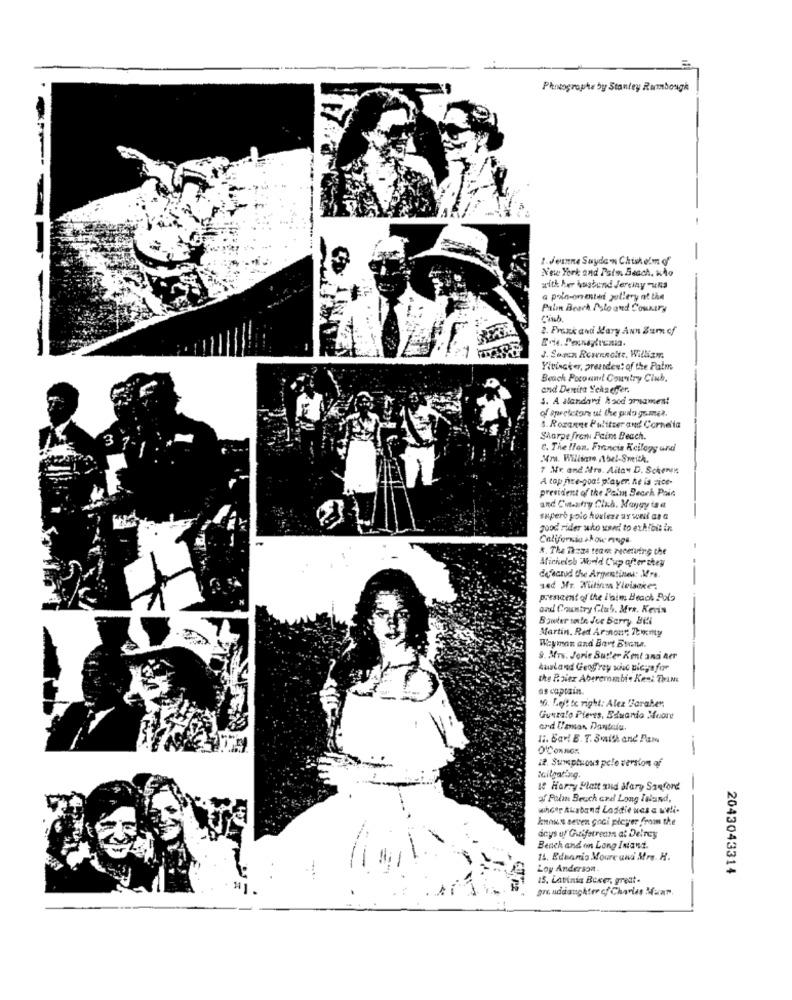
Photographe by Stantey Rammbough
1. Jemnne Sayden Chisholm of
New York and Pato Beach, wÃo
with her husband Jeremy -uns
a polo-onenstet gallery at the
Palm Beach Polo and Country
2. Frank and Mary Ann Burn cf
J. Sosen Resminoite, William
Yiviscker, president of the Palm
Beach Pocoand Country Club.
and Derita Schaeffer.
S. A Nandani & sed gramest
of spreletore ut the purlo gumer.
8. Rozanne Pulitzer and Corna'la
Sharpe from Pain Beach.
C. The lion. Francis Keilogy and
7 Mr. and Mrs. Aitay D. Schenn
A tap pre-goat player. he is zice-
president of the Palm Beach Paia
and Cut-afry Club. Maygy is
sapere polo koulezz ay wni at a
quod rider who used to exhibit in
California show nings
R. The Thaze team necetuing the
Michelob World Cup after they
--
defectud the Argentinei: Mrs.
sad Mr. Mitinma Ylvisckes
prescent of the l'aim Beach Pola
and Country Club. Mva. Kevis
Bowter sn!n Jur Berry Bil
Martin. Red Arinour; Thinty
Wayman and Bart Buona.
9. Mrs. Jorie But'er Kml and ner
the P.siex Abercrombie Kes: Thumi
as captain.
10. Left to right: Alex Varaber.
Gunmalo Plevts, Basando Moore
-
ard L'aman Pantalu.
17. Sav! E. T. Smith and Pam
O'CONNOR.
12. Sumptuous pele version of
tailgating.
Il Harry Platt and Mary Sanford
af Palm Beach Gril Long Island,
whoer Ausband Lodidie ues a weli.
knows seven goci player from the
days uf Guifstream at Delrey
Beach and on Long Iniand.
14. Eduanio Moore and Mrs. H.
Loy Anderson
2043043314
15. Lavinia Boxer, great-
gr. uddaughter c/ Charles Mun".